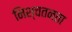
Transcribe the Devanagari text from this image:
निश्चतनता